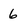
Character: 6